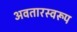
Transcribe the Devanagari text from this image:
अवतारस्वरूप